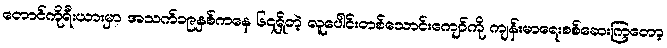
တောင်ကိုရီးယားမှာ အသက်၁၉နှစ်ကနေ ၆၄ရှိတဲ့ လူပေါင်းတစ်သောင်းကျော်ကို ကျန်းမာရေးစစ်ဆေးကြတော့